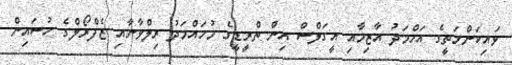
ވައިކަންމަތީގެ އަހްމަދު އާޒިމާއި އީގަލްސް އިން ތްރީޑީގެ މުހައްމަދު ރިލްވާނާއި ޒެފްރޯލްގެ ހުސައިން